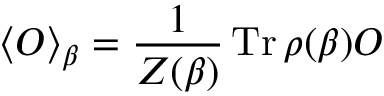
\langle { \cal O } \rangle _ { \beta } = { \frac { 1 } { Z ( \beta ) } } \, \mathrm { T r } \, \rho ( \beta ) { \cal O }